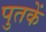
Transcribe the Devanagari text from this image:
पुतकें